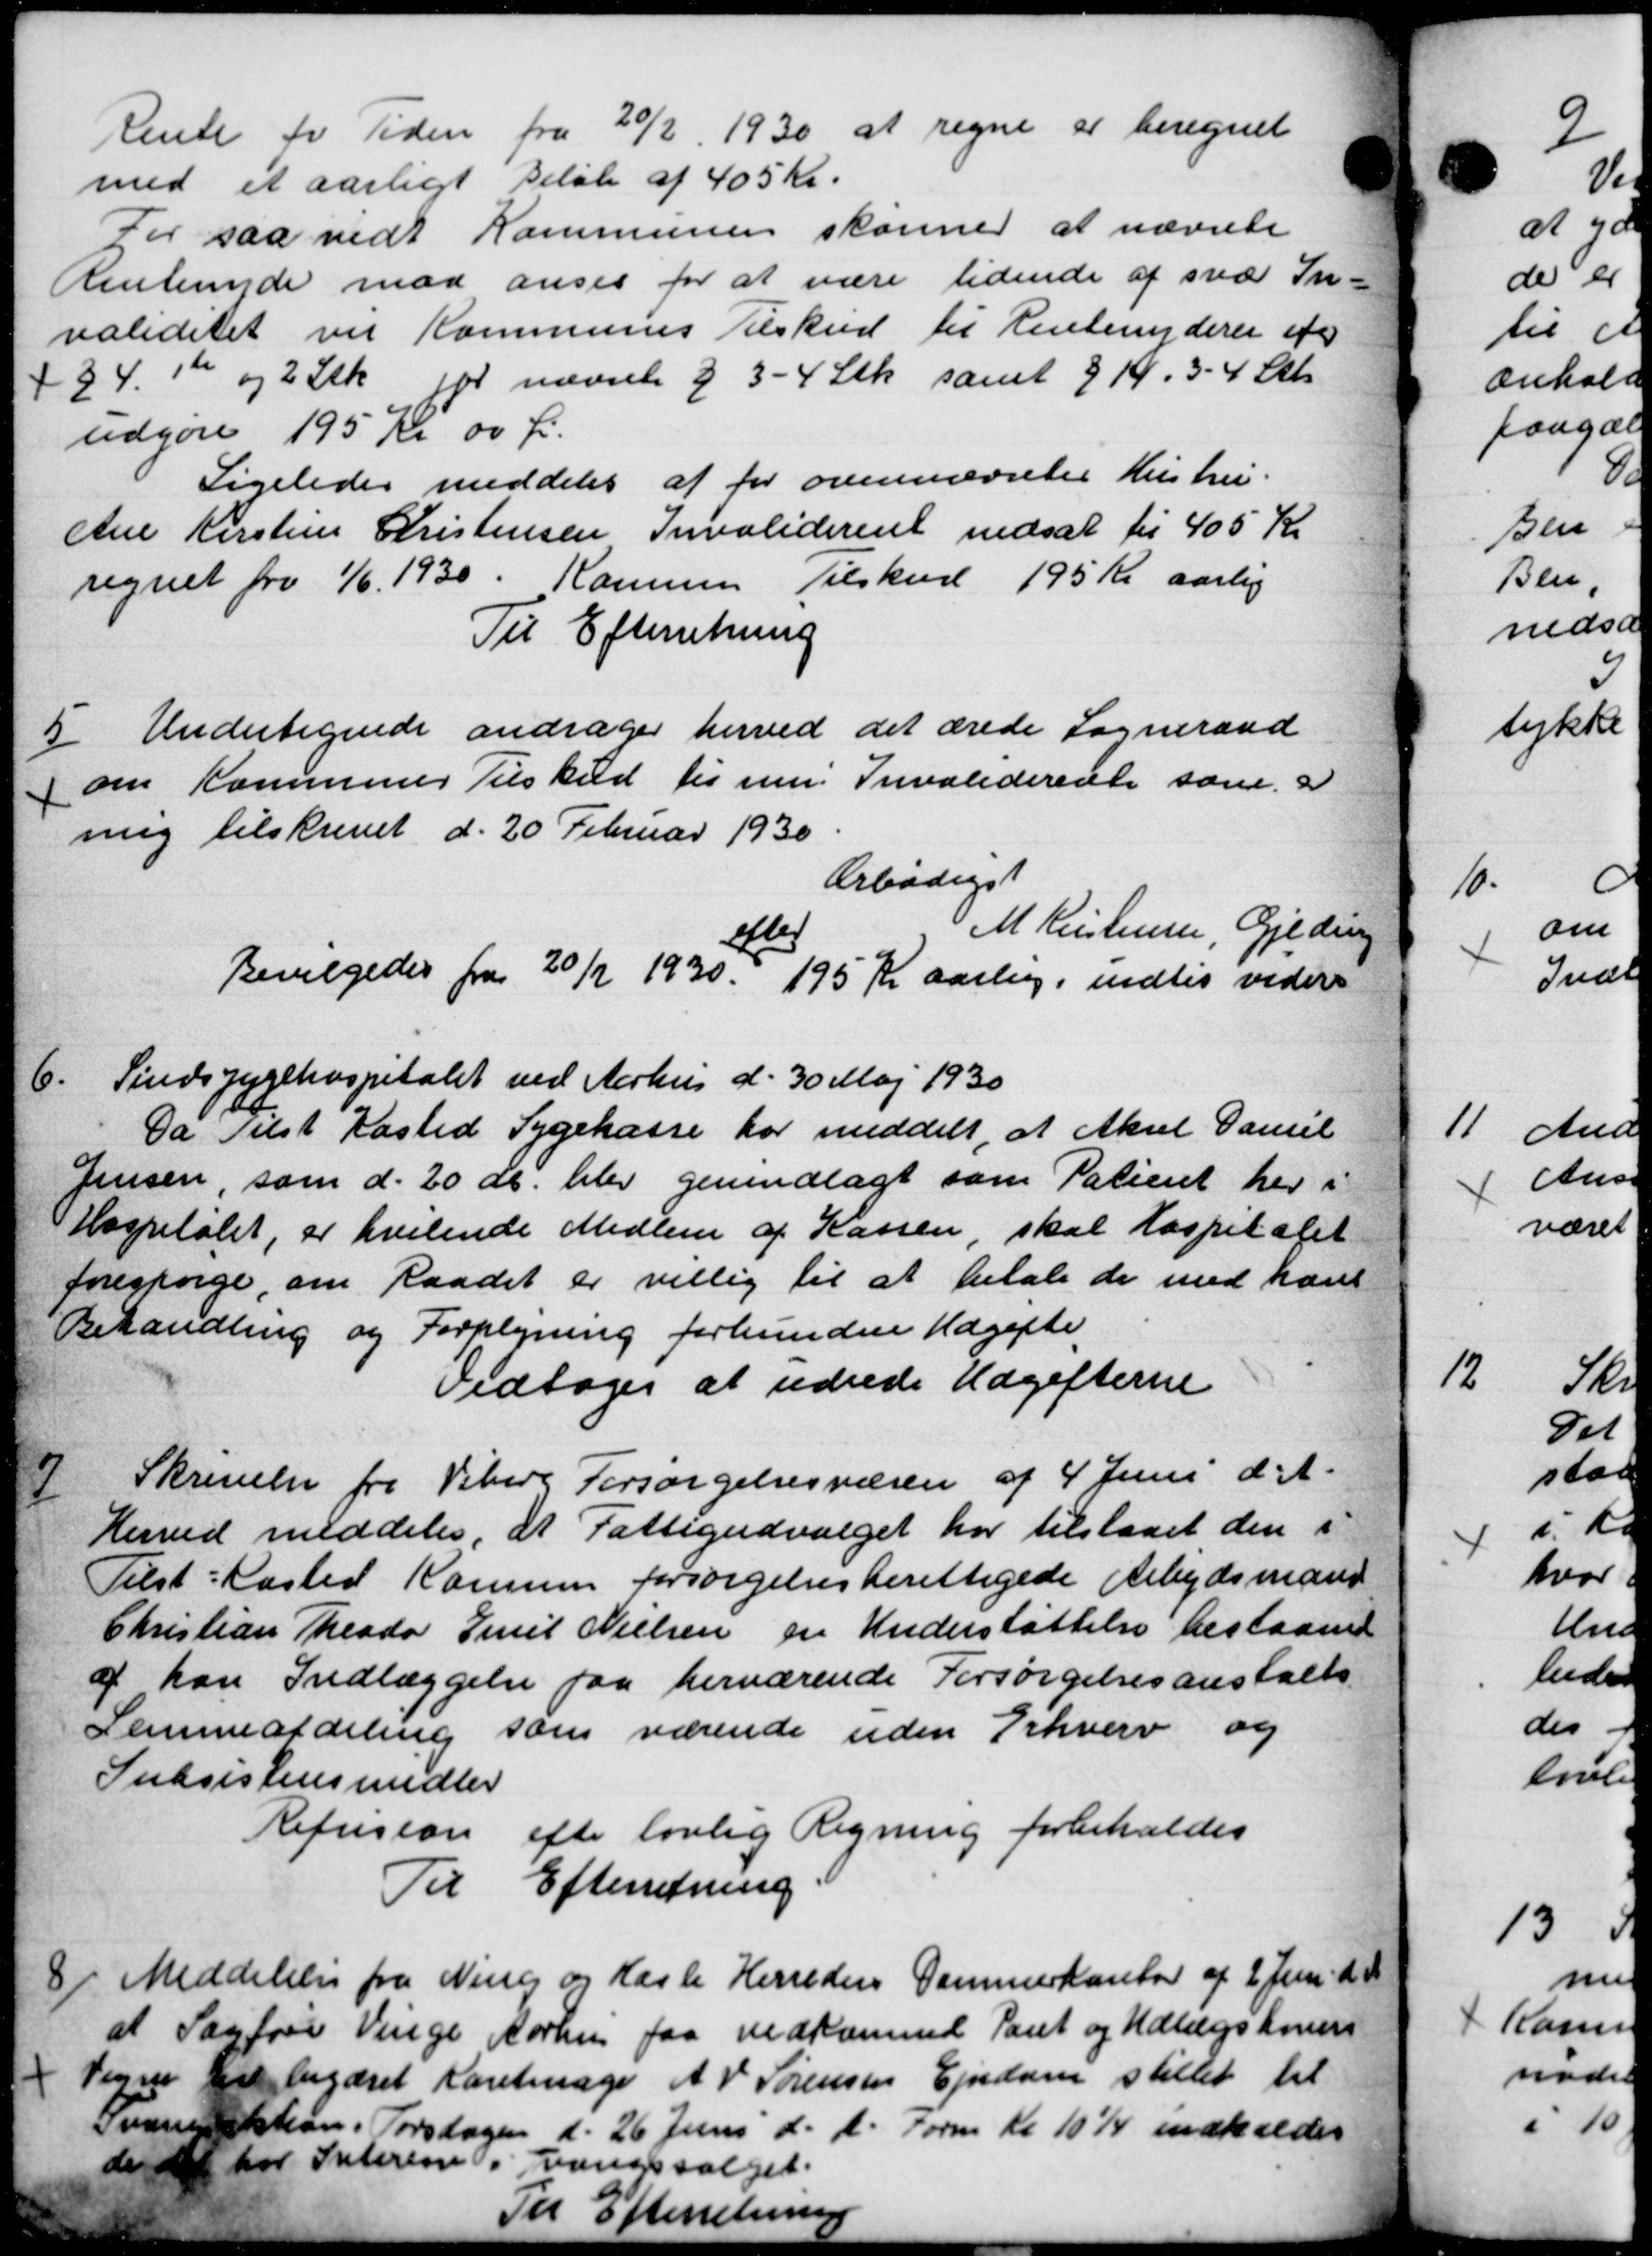
Transskription:
Rente for Tiden fra 20/2 1930 at regne er beregnet
med et aarligt Beløb af 405 Kr.
For saa vidt Kommunen skønner at nævnte
Rentenyder maa anses for at være tidende af svar In-
validitet vil Kommunes Tilskud til Rentenyderer fr
+ 34. 1 og 2 Stk for nævnte § 3 - 4 Stk samt 8 Kr. 3 - 4 Stk.
udgøre 195 Kr 00 Ø.
Ligeledes meddeles at for ovennævntes Hustru.
Ane Kirstine Kristensen Invaliderent nedsat til 405 Kr
regnet fra 1/6 1930. Kamme Tilskud 195 Kr aarlig
Til Efterretning
5
Undertegnede andrager herved det ærede Sogneraad
om Kommunes Tilskud til en Invaliderente som a
mig tilskrevet d. 20 Februar 1930.
Arbødigst
M Kristensen, Gjeding
efter
Bevilgedes fra 20/12 1930. 195 Kr aarlig, indtil videre
Bevilgedes fra 20/12 1930. 195 Kr aarlig, indtil videre
6.
Sindssygehospitalet ved Aarhus d. 30 Maj 1930
Da Tilst Kasted Sygekasse har meddelt, at Aksel Damil
Jensen, som d. 20 ds. blev genindlagt som Patient her i
Hospieløbet, er hvilende Medlem af Kassen, skal hospitalet
forespørge, om Raadet er villig til at betale de med hans
Behandling og Forplejning forbundne Udgifte
Vedtoges at udrede Udgifterne
7
Skrivelse fra Viberg Forsørgelsesvæsen af 4 Juni d. A.
Herved meddeles, at Fattigudvalget har tilstaaet den i
Tilst Kasted Komunen forsørgelsesberettigede Arbejdsmand
Christian Theodor Emil Nielsen en Understøttelse bestaaende
af han Indlæggelse paa herværende Forsørgelsesanstalts
Samneafdeling som værende uden Erhverv og
Subsistensmidler
Refusion efter lovlig Regning forbeholdes
Til Efterretning.
8
Meddelelse fra Ning og Hasle Herreders Dammerkontor af 2 Juni d. A.
at Sagføre Venge Aarhus faa vedkommel Pant og Udlægskoner
Vegne til begæret Karetmage A. V. Sørensen Ejendom stillet til
Svanekon. Torsdagen d. 26 Juni d. A. Form Kl 10½ indkaldes
de det har Interen vangsvalget.
Til Efterretning